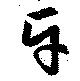
牙